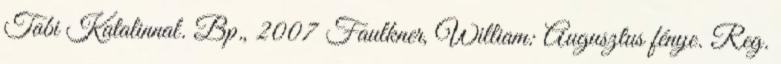
Tabi Katalinnal. Bp., 2007 Faulkner, William: Augusztus fénye. Reg.